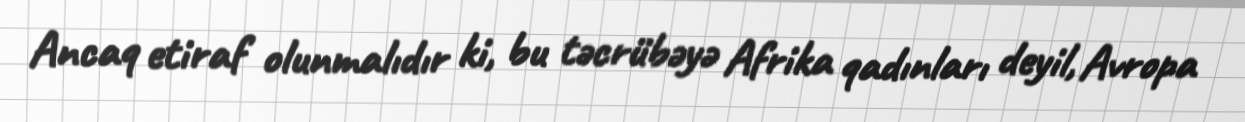
Ancaq etiraf olunmalıdır ki, bu təcrübəyə Afrika qadınları deyil, Avropa